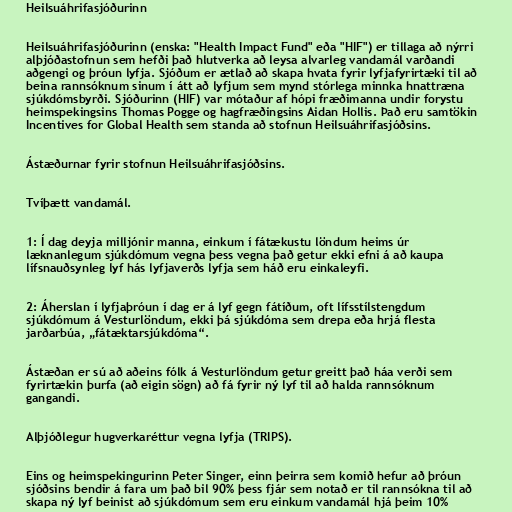
Heilsuáhrifasjóðurinn

Heilsuáhrifasjóðurinn (enska: "Health Impact Fund" eða "HIF") er tillaga að nýrri
alþjóðastofnun sem hefði það hlutverka að leysa alvarleg vandamál varðandi
aðgengi og þróun lyfja. Sjóðum er ætlað að skapa hvata fyrir lyfjafyrirtæki til að
beina rannsóknum sinum í átt að lyfjum sem mynd stórlega minnka hnattræna
sjúkdómsbyrði. Sjóðurinn (HIF) var mótaður af hópi fræðimanna undir forystu
heimspekingsins Thomas Pogge og hagfræðingsins Aidan Hollis. Það eru samtökin
Incentives for Global Health sem standa að stofnun Heilsuáhrifasjóðsins.

Ástæðurnar fyrir stofnun Heilsuáhrifasjóðsins.

Tvíþætt vandamál.

1: Í dag deyja milljónir manna, einkum í fátækustu löndum heims úr
læknanlegum sjúkdómum vegna þess vegna það getur ekki efni á að kaupa
lífsnauðsynleg lyf hás lyfjaverðs lyfja sem háð eru einkaleyfi.

2: Áherslan í lyfjaþróun í dag er á lyf gegn fátíðum, oft lífsstílstengdum
sjúkdómum á Vesturlöndum, ekki þá sjúkdóma sem drepa eða hrjá flesta
jarðarbúa, „fátæktarsjúkdóma“.

Ástæðan er sú að aðeins fólk á Vesturlöndum getur greitt það háa verði sem
fyrirtækin þurfa (að eigin sögn) að fá fyrir ný lyf til að halda rannsóknum
gangandi.

Alþjóðlegur hugverkaréttur vegna lyfja (TRIPS).

Eins og heimspekingurinn Peter Singer, einn þeirra sem komið hefur að þróun
sjóðsins bendir á fara um það bil 90% þess fjár sem notað er til rannsókna til að
skapa ný lyf beinist að sjúkdómum sem eru einkum vandamál hjá þeim 10%